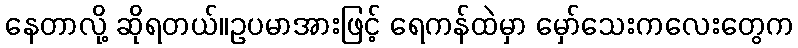
နေတာလို့ ဆိုရတယ်။ဥပမာအားဖြင့် ရေကန်ထဲမှာ မှော်သေးကလေးတွေက